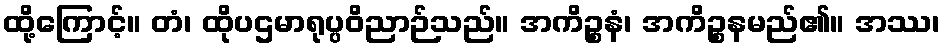
ထို့ကြောင့်။ တံ၊ ထိုပဌမာရုပ္ပဝိညာဉ်သည်။ အကိဉ္စနံ၊ အကိဉ္စနမည်၏။ အဿ၊